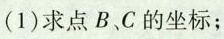
(1)求点B、C的坐标；